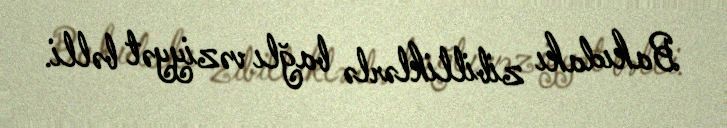
Bakıdakı zibilliklərlə bağlı vəziyyət bəlli.